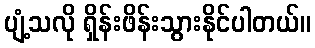
ပျံ့သလို ရှိန်းဖိန်းသွားနိုင်ပါတယ်။